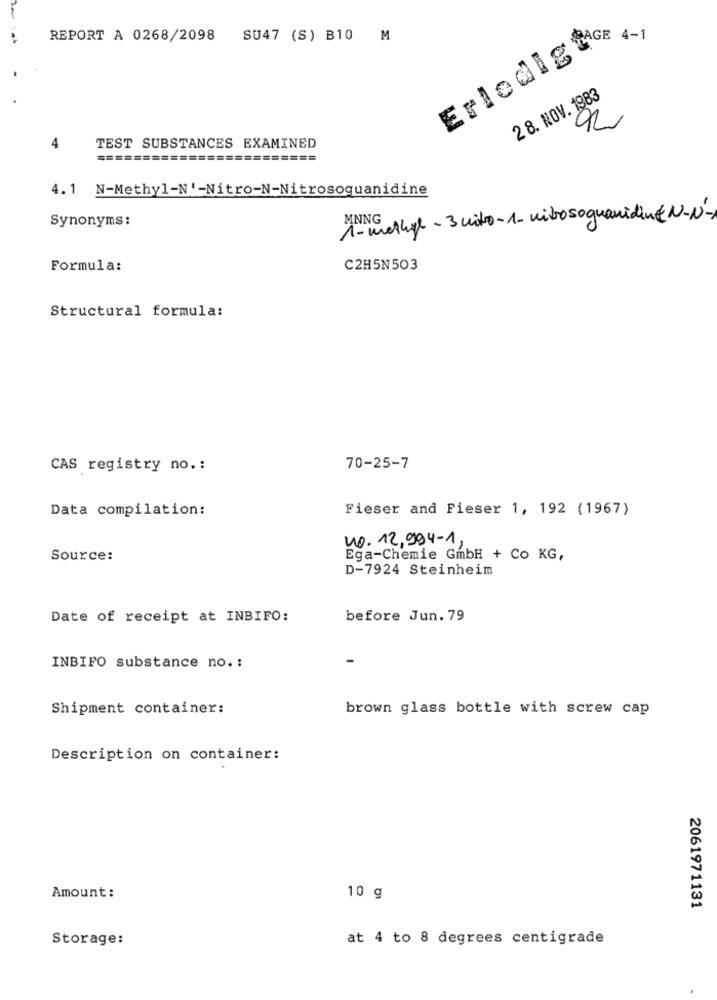
ErledigtG 4.1
REPORT A 0268/2098
SU47 (S) B10 M
28. NOV. 1983
8
4
TEST SUBSTANCES EXAMINED
========================
4. 1 N-Methyl-N'-Nitro-N-Nitrosoguanidine
Synonyms:
1- methyl - 3 uito-1- nitrosoguanidinEN-N-
Formula:
C2H5N503
Structural formula:
CAS registry no .:
70-25-7
Data compilation:
Fieser and Fieser 1, 192 (1967)
40. 12.994-1,
Source:
Ega-Chemie GmbH + Co KG,
D-7924 Steinheim
Date of receipt at INBIFO:
before Jun. 79
-
INBIFO substance no .:
Shipment container:
brown glass bottle with screw cap
Description on container:
Amount :
10 g
2061971131
Storage:
at 4 to 8 degrees centigrade